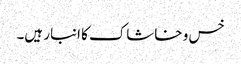
خس و خاشاک کا انبار ہیں۔